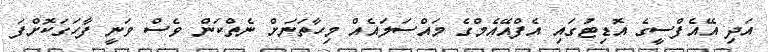
އަދި އޭއެފްސީގެ އޮޑިޓުގައި އެފްއޭޭއެމްގެ މައްސަލައެއް މިހާތަނަށް ނެތްކަން ވެސް ވަނީ ފާހަގަކޮށްފަ